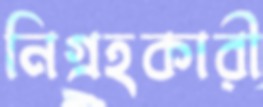
নিগ্রহকারী